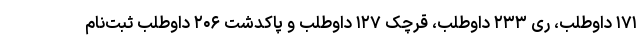
۱۷۱ داوطلب، ری ۲۳۳ داوطلب، قرچک ۱۲۷ داوطلب و پاکدشت ۲۰۶ داوطلب ثبت‌نام